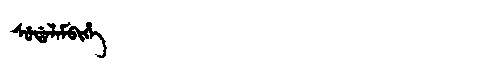
Manchu: ᠰᡠᡩᠠᠯᠠᠮᠪᡳᡥᡝ
Romanization: SUDALAMBIHE